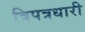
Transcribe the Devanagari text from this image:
त्रिपत्रधारी